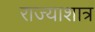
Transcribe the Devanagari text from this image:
राज्याशात्र